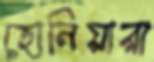
হোনিয়ারা